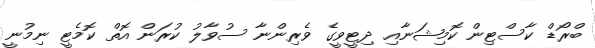
ބްރޯޑް ކާސްޓިން ކޮމިޝަނާއި ދިޓީވީގެ ވެރިންނާ ސުވާލު ކުރަން އޮތް ކޮމެޓީ ނިމުނީ